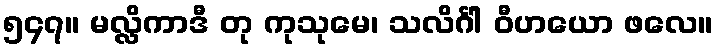
၅၄၇။ မလ္လိကာဒီ တု ကုသုမေ၊ သလိင်္ဂါ ဝီဟယော ဖလေ။